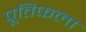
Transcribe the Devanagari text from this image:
पूतिफला